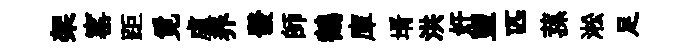
架窰距覓盧养發師鶴庫壻洪奸盥匹蓀淞足